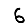
Digit: 6